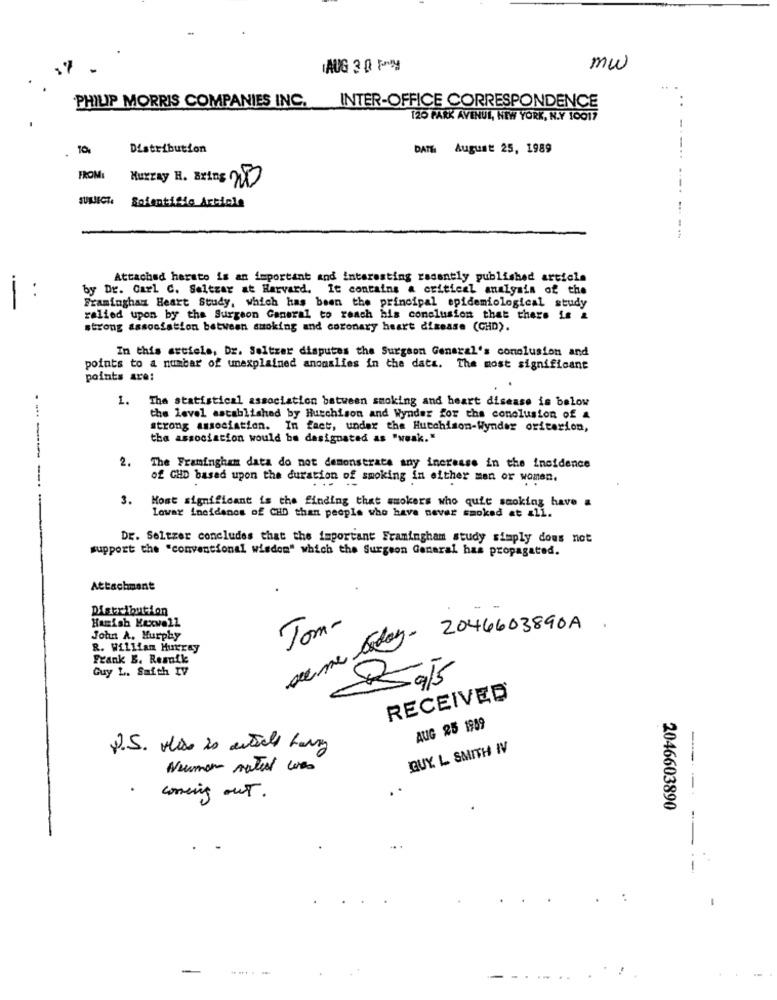
AUG 3 0 PM
mw
PHILIP MORRIS COMPANIES INC. INTER-OFFICE CORRESPONDENCE
..
120 PARK AVENUE, NEW YORK, N.Y 10017
10,
Distribution
DATH August 25, 1989
---..
FROM:
Murray H. Ertos NO
SUBJECT.
Soientific Article
-...
Attached harato is an important and interesting recently published article
by Dr. Carl C. Seltzar at Harvard. It contains a critical analysis of the
Framingham Heart Study, which has been the principal epidemiological study
relied upon by the Surgeon General to reach his conclusion that there is a
strong association between smoking and coronary heart disease (CHD).
In this article, Dr. Seltzer disputes the Surgeon General's conclusion and
points to a number of unexplained anomalies in the data. The most significant
points are:
1.
The statistical association between smoking and heart disease is below
the level established by Hutchison and Wynder for the conclusion of A
strong association. In fact, under the Hutchison-Wynder oriterion,
the association would be designated as "weak."
2.
The Framingham data do not demonstrate any increase in the incidence
of CHD based upon the duration of smoking in either men or women.
...
3.
------
Most significant is the finding that smokers who quit smoking have a
Lowar inoidenos of CHD than people who have never smoked at al1.
Dr. Seltzer concludes that the important Framingham study simply dous not
support the "conventional wisdom" which the Surgeon General has propagated.
Attachment
Distribution
Hamish Kexwell
Tom-
acne ledoy- 2046603890A .
John A. Murphy
R. William Hurray
Frank B. Resnik
Guy L. Saith IV
85915
RECEIVED
AUG 25 1989
P.S. Hiss is actuele harry
QUY. L SMITH IV
Neuman materi was
.
correing out.
2046603890
:
-
.......
....